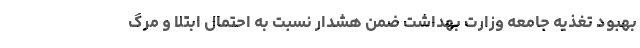
بهبود تغذیه جامعه وزارت بهداشت ضمن هشدار نسبت به احتمال ابتلا و مرگ